Civil Veterinary Department. Madras. Admin. report 1926-33 - 1926-1933
Year: 1926
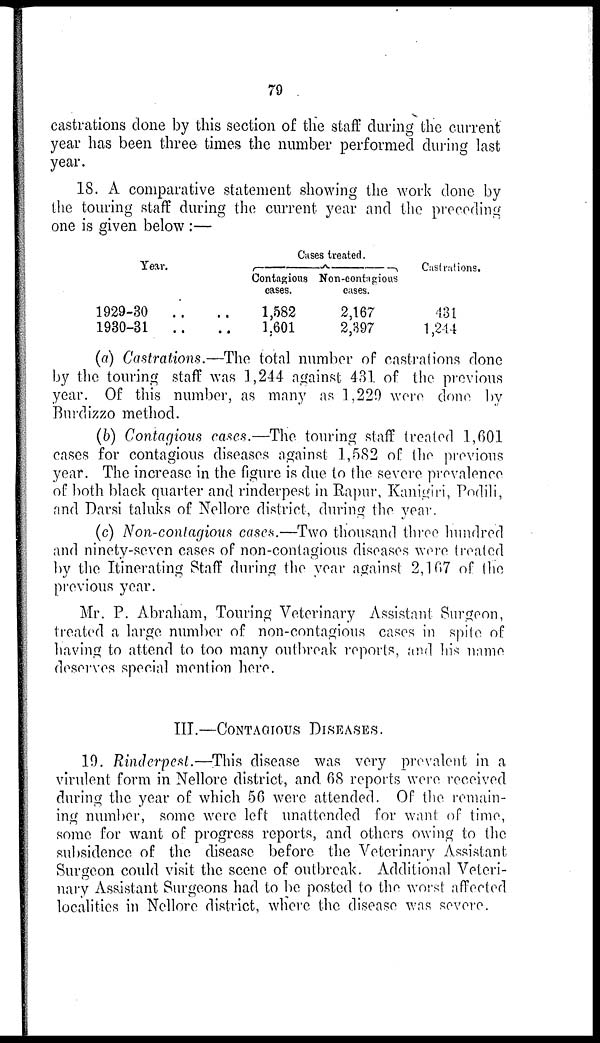
79
castrations done by this section of the staff during the current
year has been three times the number performed during last
year.
18. A comparative statement showing the work done by
the touring staff during the current year and the preceding
one is given below :—
Year.
1929-30
..
1930-31
..
Cases treated.
Contagious
cases.
.. 1,582
.. 1.601
Non-contagious
cases.
2,167
2,397
Castrations.
431
1,244
(a) Castrations.—The total number of castrations done
by the touring staff was 1,244 against 431 of the previous
year. Of this number, as many as 1,229 were done by
Burdizzo method.
(b) Contagious cases.—The touring staff treated 1,601
cases for contagious diseases against 1,582 of the previous
year. The increase in the figure is due to the severe prevalence
of both black quarter and rinderpest in Rapur, Kanigiri, Podili,
and Darsi taluks of Nellore district, during the year.
(c) Non-contagious cases.—Two thousand three hundred
and ninety-seven cases of non-contagious diseases were treated
by the Itinerating Staff during the year against 2,167 of the
previous year.
Mr. P. Abraham, Touring Veterinary Assistant Surgeon,
treated a large number of non-contagious cases in spite of
having to attend to too many outbreak reports, and his name
deserves special mention here.
III.—CONTAGIOUS DISEASES.
19. Rinderpest.—This disease was very prevalent in a
virulent form in Nellore district, and 68 reports were received
during the year of which 56 were attended. Of the remain-
ing number, some were left unattended for want of time,
some for want of progress reports, and others owing to the
subsidence of the disease before the Veterinary Assistant
Surgeon could visit the scene of outbreak. Additional Veteri-
nary Assistant Surgeons had to be posted to the worst affected
localities in Nellore district, where the disease was severe.